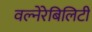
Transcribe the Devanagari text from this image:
वल्नेरेबिलिटी